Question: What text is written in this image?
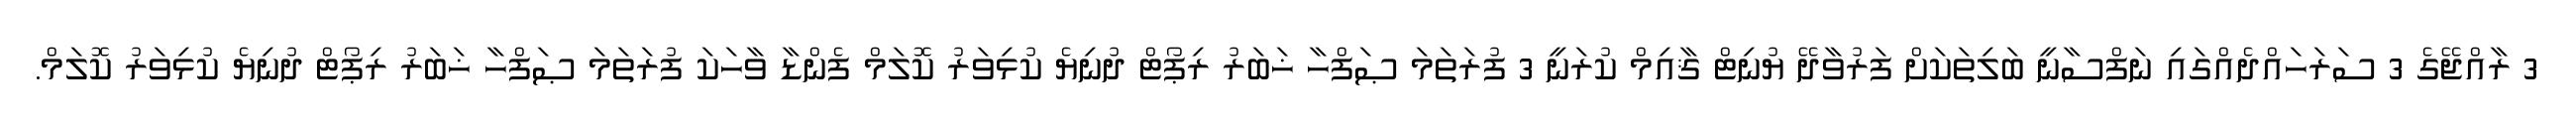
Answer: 3 ރާއްޖޭގެ 3 ސަރަހައްދެއްގައި ނަފްސާނީ ބަލިތަކަށް ފަރުވާދޭ ޔުނިޓް ޤާއިމް ކުރަނީ 3 ފުރަތަމަ ޞަފްހާ ޚަބަރު ރިޕޯޓް ދުނިޔެ ކުޅިވަރު ކޮލަމް ފެންޑާ ވާހަކަ ފުރަތަމަ ޞަފްހާ ޚަބަރު ރިޕޯޓް ދުނިޔެ ކުޅިވަރު ކޮލަމް.